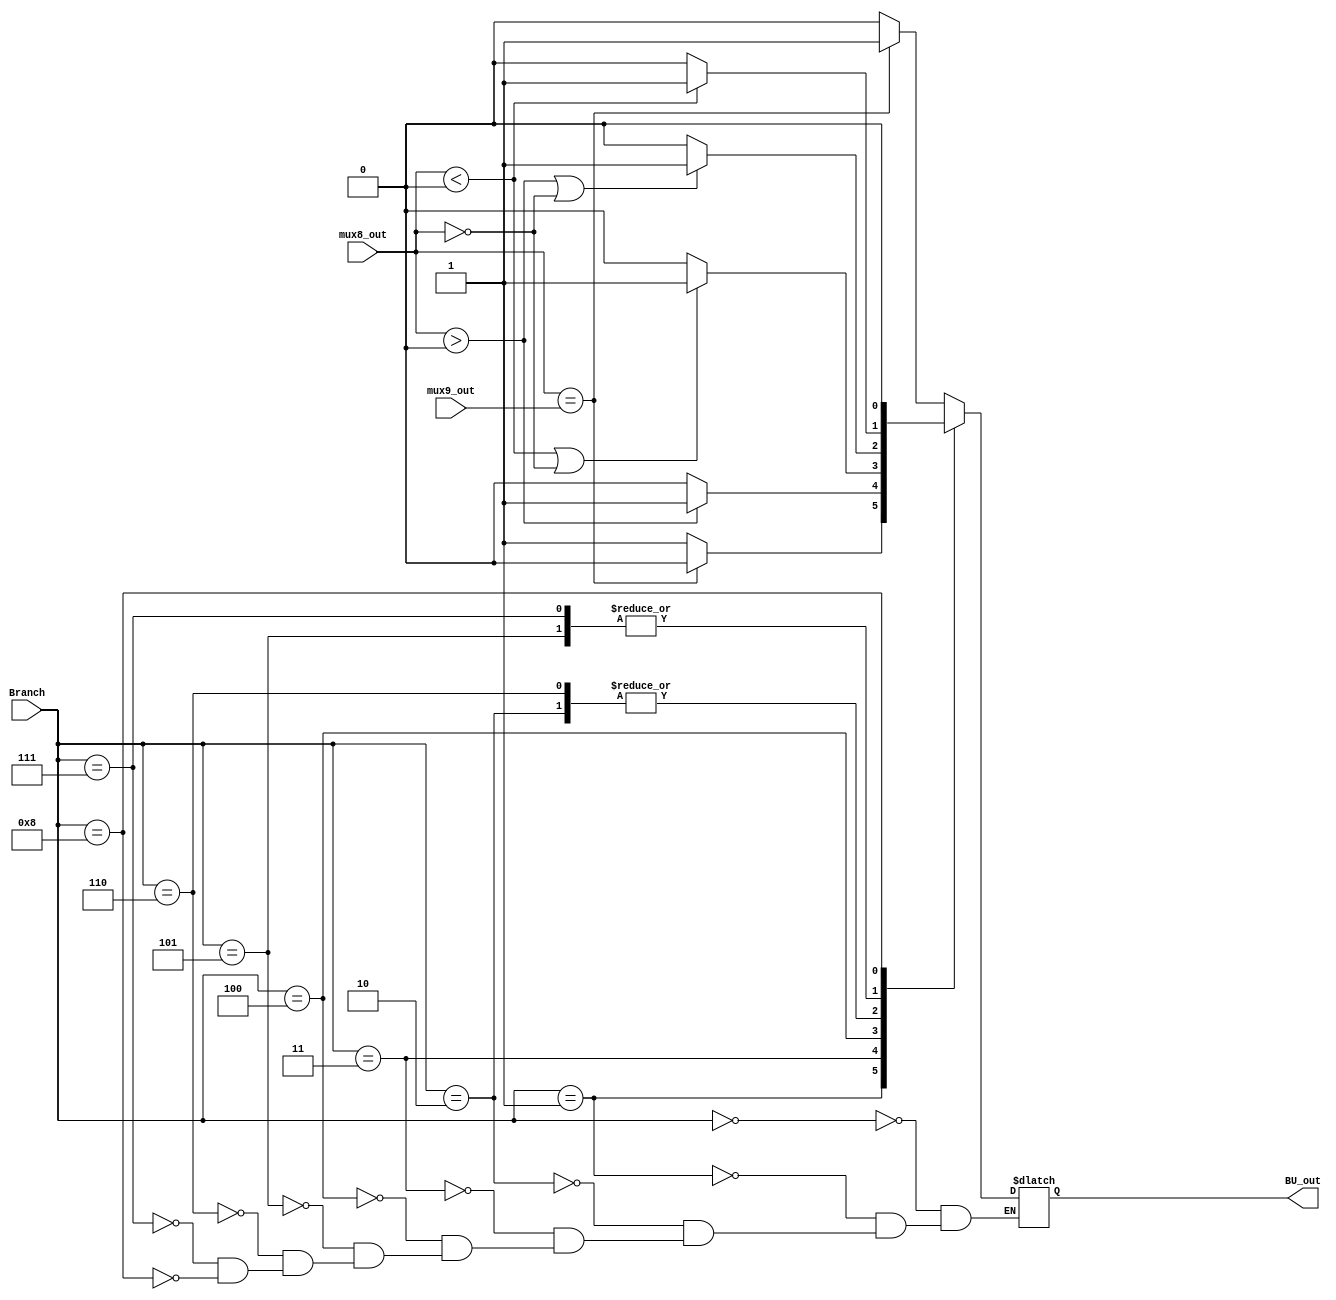
module BU #(
    parameter BEQ       = 4'b0000,              // branch equal
    parameter BNE       = 4'b0001,              // branch not equal 
    parameter BGEZ      = 4'b0010,              // branch greater than or equal to zero
    parameter BGTZ      = 4'b0011,              // branch greater than zero
    parameter BLEZ      = 4'b0100,              // branch less than or equal to zero
    parameter BLTZ      = 4'b0101,              // branch less than zero
    parameter BGEZAL    = 4'b0110,              // branch greater than or equal to zero and link
    parameter BLTZAL    = 4'b0111,              // branch less than zero and link
    parameter NO_BRANCH = 4'b1000               // no branch
)(
    input      [ 3: 0] Branch,
    input      [31: 0] mux8_out,
    input      [31: 0] mux9_out,
    output reg         BU_out
);


    always @(*) begin
        case(Branch)
            BEQ       : BU_out = (mux8_out == mux9_out) ? 1 : 0;
            BNE       : BU_out = (mux8_out == mux9_out) ? 0 : 1;
            BGEZ      : BU_out = ($signed(mux8_out) > 0 || mux8_out == 0) ? 1 : 0;
            BGTZ      : BU_out = ($signed(mux8_out) > 0) ? 1 : 0;
            BLEZ      : BU_out = ($signed(mux8_out) < 0 || mux8_out == 0) ? 1 : 0;
            BLTZ      : BU_out = ($signed(mux8_out) < 0) ? 1 : 0;
            // part of link will be thrown to cooperation of controller, pc_add_out and mux5
            BGEZAL    : BU_out = ($signed(mux8_out) > 0 || mux8_out == 0) ? 1 : 0;
            BLTZAL    : BU_out = ($signed(mux8_out) < 0) ? 1 : 0;
            NO_BRANCH : BU_out = 0;
        endcase
    end

endmodule //BU